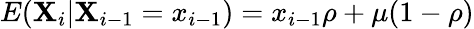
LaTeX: E(\mathbf{X}_{i}|\mathbf{X}_{i-1}=x_{i-1})=x_{i-1}\rho+\mu(1-\rho)